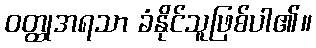
ဝတ္ထုအရသာ ခံနိုင်သူဖြစ်ပါ၏။